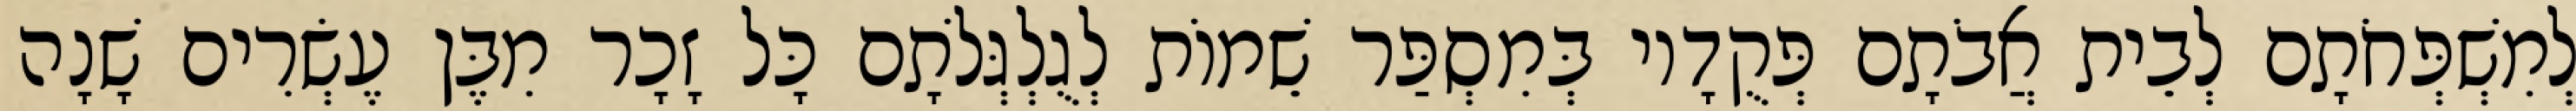
לְמִשְׁפְּחֹתָם לְבֵית אֲבֹתָם פְּקֻדָיו בְּמִסְפַּר שֵׁמוֹת לְגֻלְגְּלֹתָם כָּל זָכָר מִבֶּן עֶשְׂרִים שָׁנָה